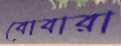
বোবারা